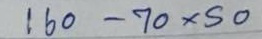
160 - 70x50